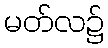
မတ်လ၌